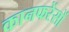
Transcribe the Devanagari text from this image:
कानफरेंसों